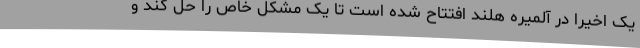
یک اخیرا در آلمیره هلند افتتاح شده است تا یک مشکل خاص را حل کند و